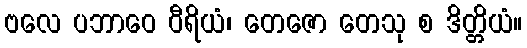
ဗလေ ပဘာဝေ ဝီရိယံ၊ တေဇော တေသု စ ဒိတ္တိယံ။